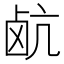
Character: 𮭰